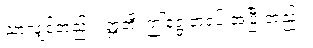
သာလျှင်တည်း။ ဣတိ၊ ဤရွေ့တရပ် အပြီးတည်း။